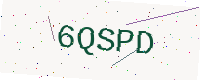
Text: 6QSPD